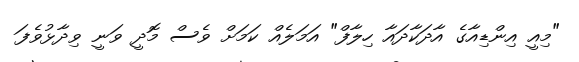
"މިއީ އިންޑިއާގެ އާދަކާދައާ ހިލާފް" އަމަލެއް ކަމަށް ވެސް މޮދީ ވަނީ ވިދާޅުވެފަ